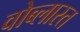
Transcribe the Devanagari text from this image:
वोब्लास्त